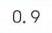
$0.9$